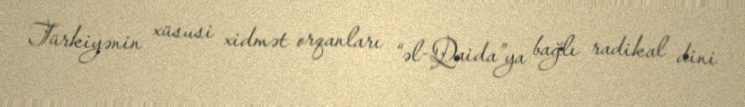
Türkiyənin xüsusi xidmət orqanları “əl-Qaida”ya bağlı radikal dini